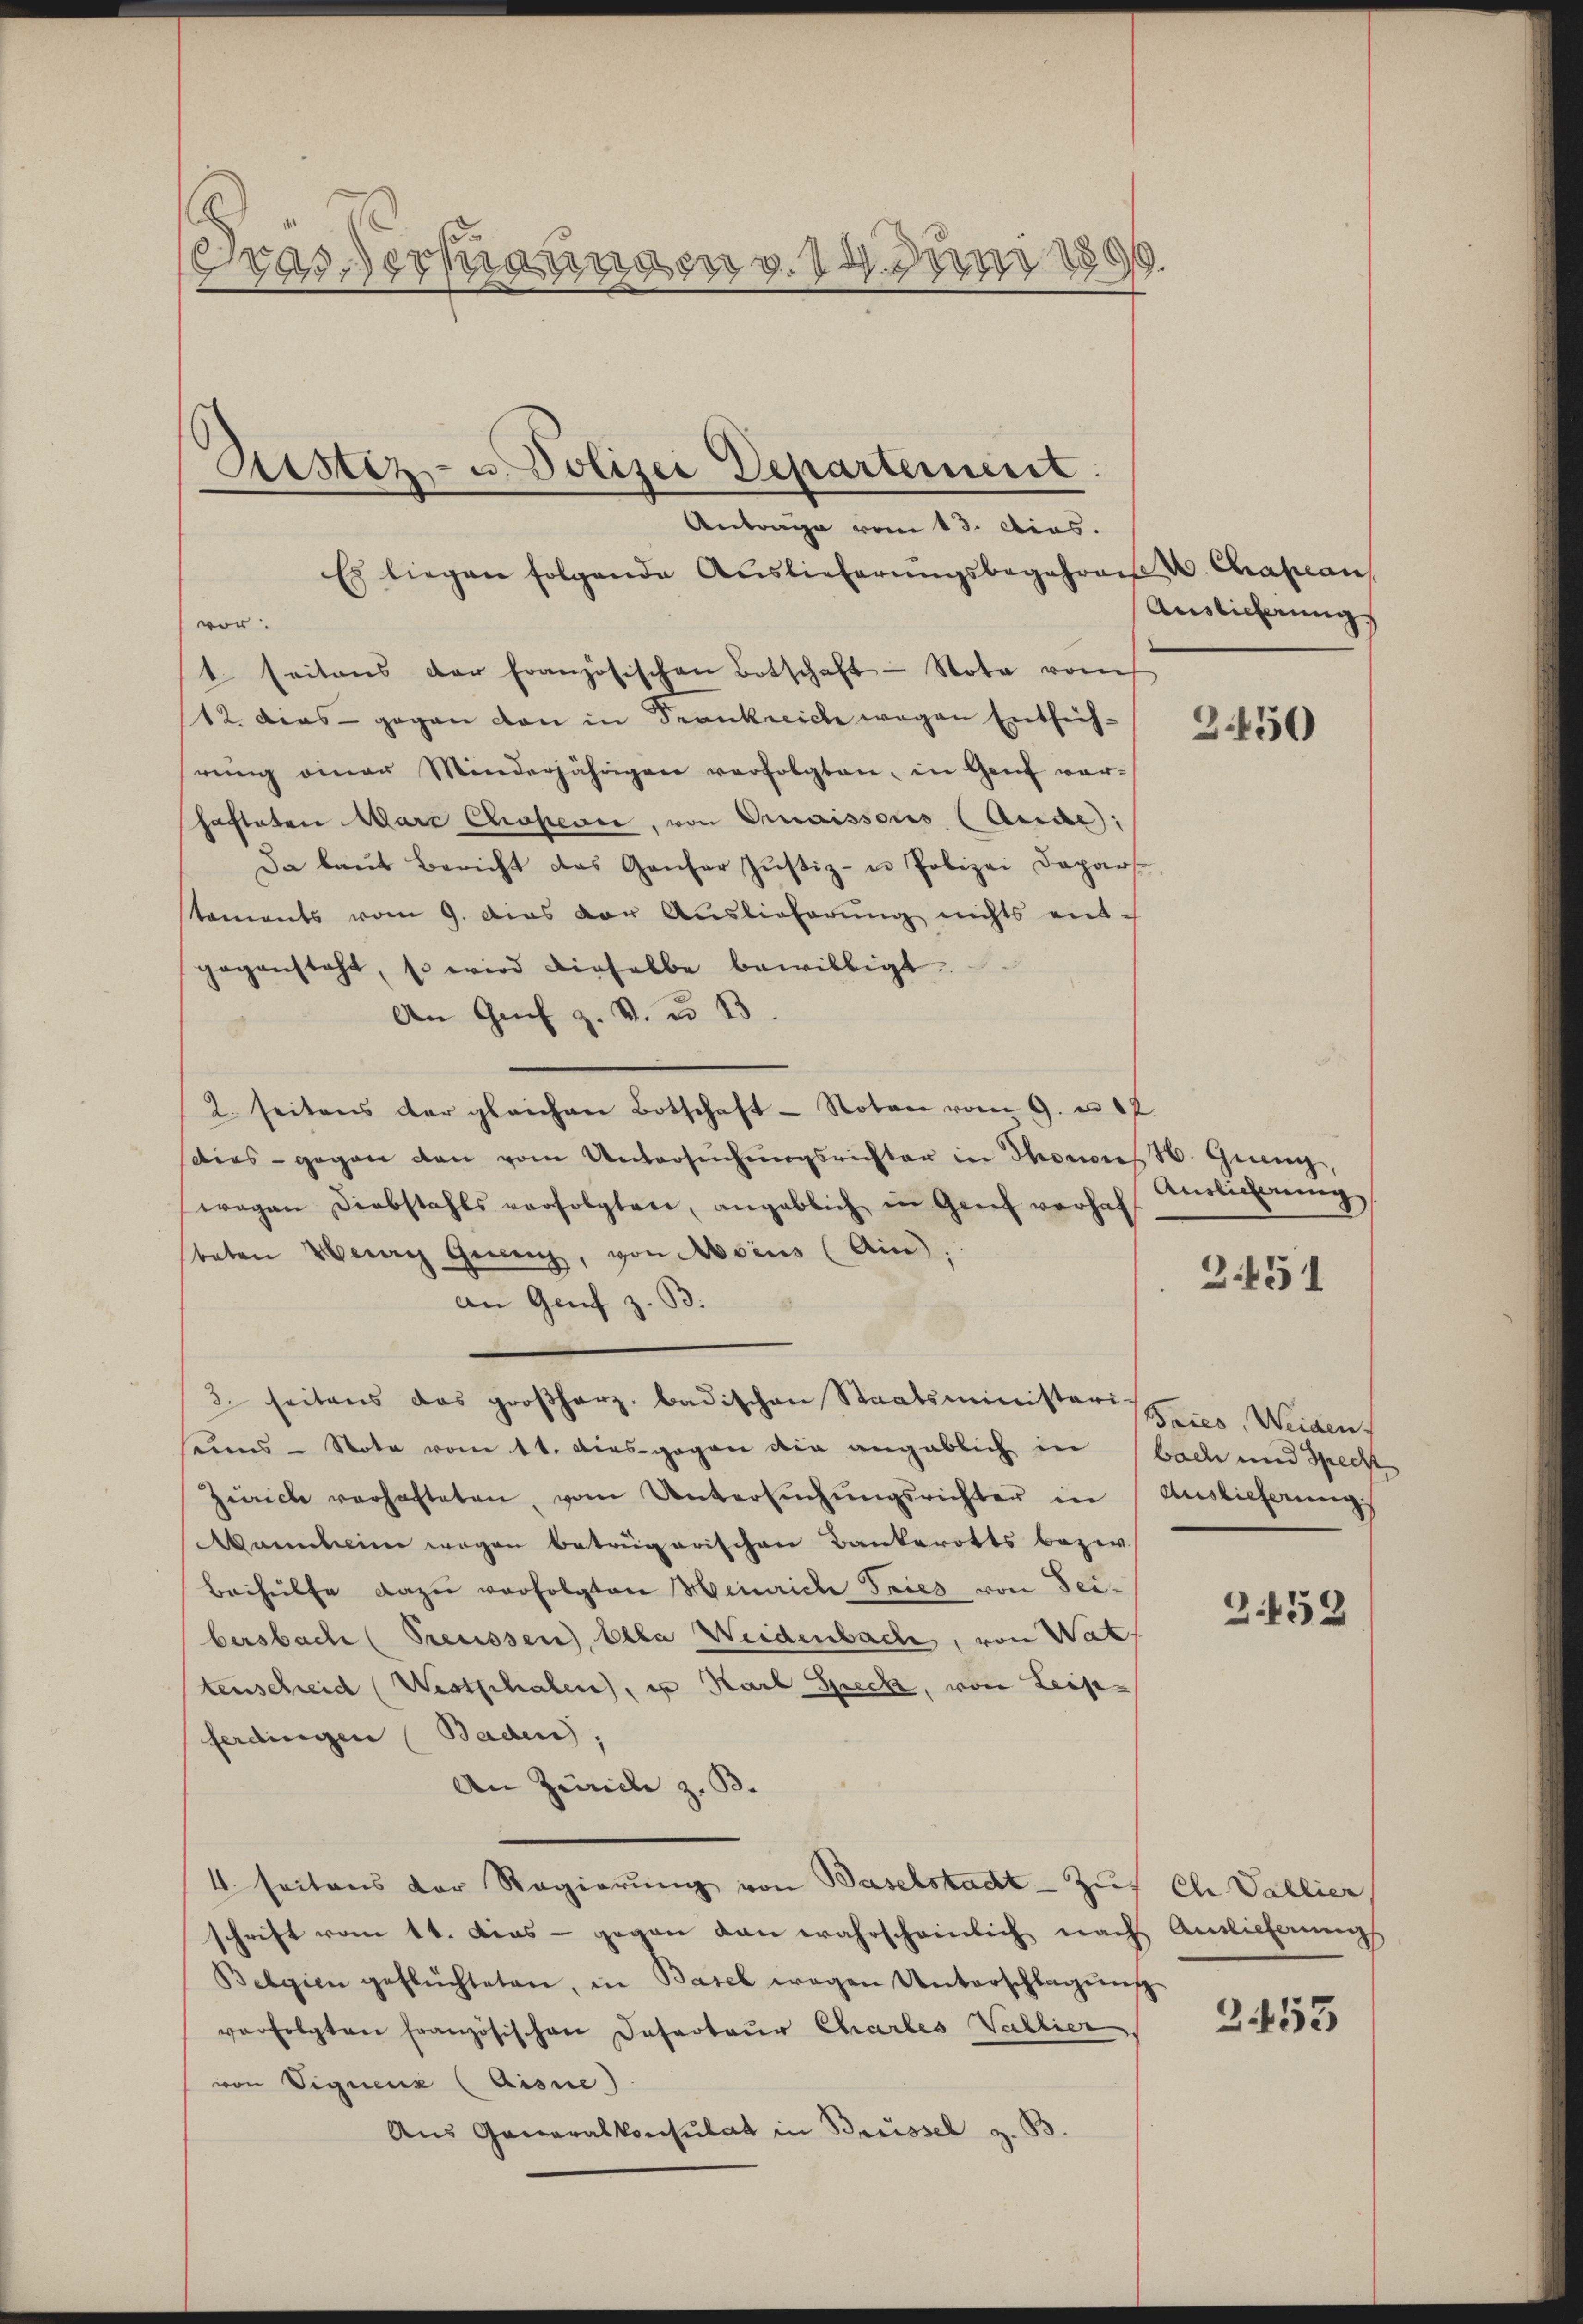
.
Das Vertigungen v. 14. Juni 1899.

Sistiz- u. Polizei Departement.
Antrage vom 13. dies.

Es liegen folgende Auslieferŭngsbegehren u. Chapean,
vor.
t seitens der französischen Botschaft - Nota vom
12. Dies - gegen von in Trankreiche wegen Entsch-
rŭng einer Minderjährigen verfolgten, in Genf ver-
hafteten Ware Chaperce, von Ornaissous (Aude);
Da laŭt Bericht das Gantar Jŭstiz- u Polizei Dapars
staments vom 9. dies der Auslieferŭng nichts ent-
gegensteht, so wird dieselbe bewilligt.
An Genf z. B. u. 13.
2. seitens der gleichen Botschaft - Noten vom 9. u 12.
dies - gegen den vom Untersŭchŭngsrichter in Thonen H. Grenz,
wegen Diebstahls verfolgten, angeblich in Genf verhal
beten Werry Grenz, von Aosius (Ain),
an Genf z. B.
3. seitens das groβharz badischen Staatsminister Marier, Weidens
eins - Note vom 11. dies gegen die angeblich in bach und Spect
Zürich verhafteten, vom Untersŭchŭngsrichter in Auslieferŭngs
Wamheim wegen betrügarischen Bankerotts bezir
Beihülfe dazu verfolgten Heinrich Gries von Seibersbach (Preussen Ella Weidenbach, von Wat
tenschweid (Westschalen, in Karl Speck, von Leipferdingen (Baden
An Zürich z. B.
4 seitens der Regierŭng von Baselstadt-Zuf Ch Vallier
schrift vom 11. Dies - gegen dan wahrscheinlich nach Auslieferungs
Belgien geflüchteten, in Basel wegen Unterschlagŭng
verfolgten französischen Deserteur Chartes Vallier
von Vignenz (Aisne)
Aus Generalkonsulat in Brüssel z. B.

Auslicherung

3.450

Auslicherung

2451

2452

2453